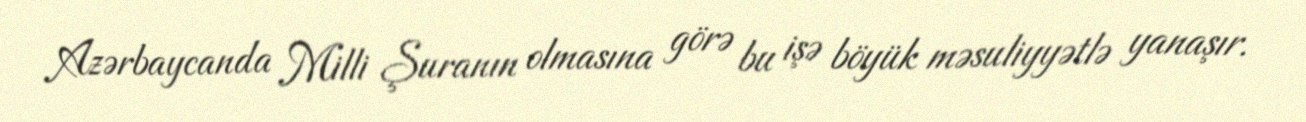
Azərbaycanda Milli Şuranın olmasına görə bu işə böyük məsuliyyətlə yanaşır.